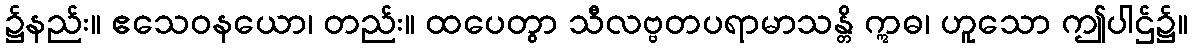
၌နည်း။ ဧသေဝနယော၊ တည်း။ ထပေတွာ သီလဗ္ဗတပရာမာသန္တိ ဣဓ၊ ဟူသော ဤပါဌ်၌။